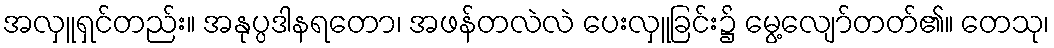
အလှူရှင်တည်း။ အနုပ္ပဒါနရတော၊ အဖန်တလဲလဲ ပေးလှူခြင်း၌ မွေ့လျော်တတ်၏။ တေသု၊